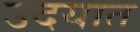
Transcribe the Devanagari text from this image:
उदयात